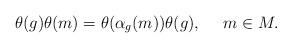
LaTeX: \begin{align*}\theta(g)\theta(m)=\theta(\alpha_g(m))\theta(g),\ \ \ \ m\in M.\end{align*}